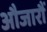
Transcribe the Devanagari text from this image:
औजारौं